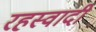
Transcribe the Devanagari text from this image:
रहस्वादी